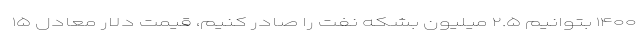
۱۴۰۰ بتوانیم ۲.۵ میلیون بشکه نفت را صادر کنیم، قیمت دلار معادل ۱۵